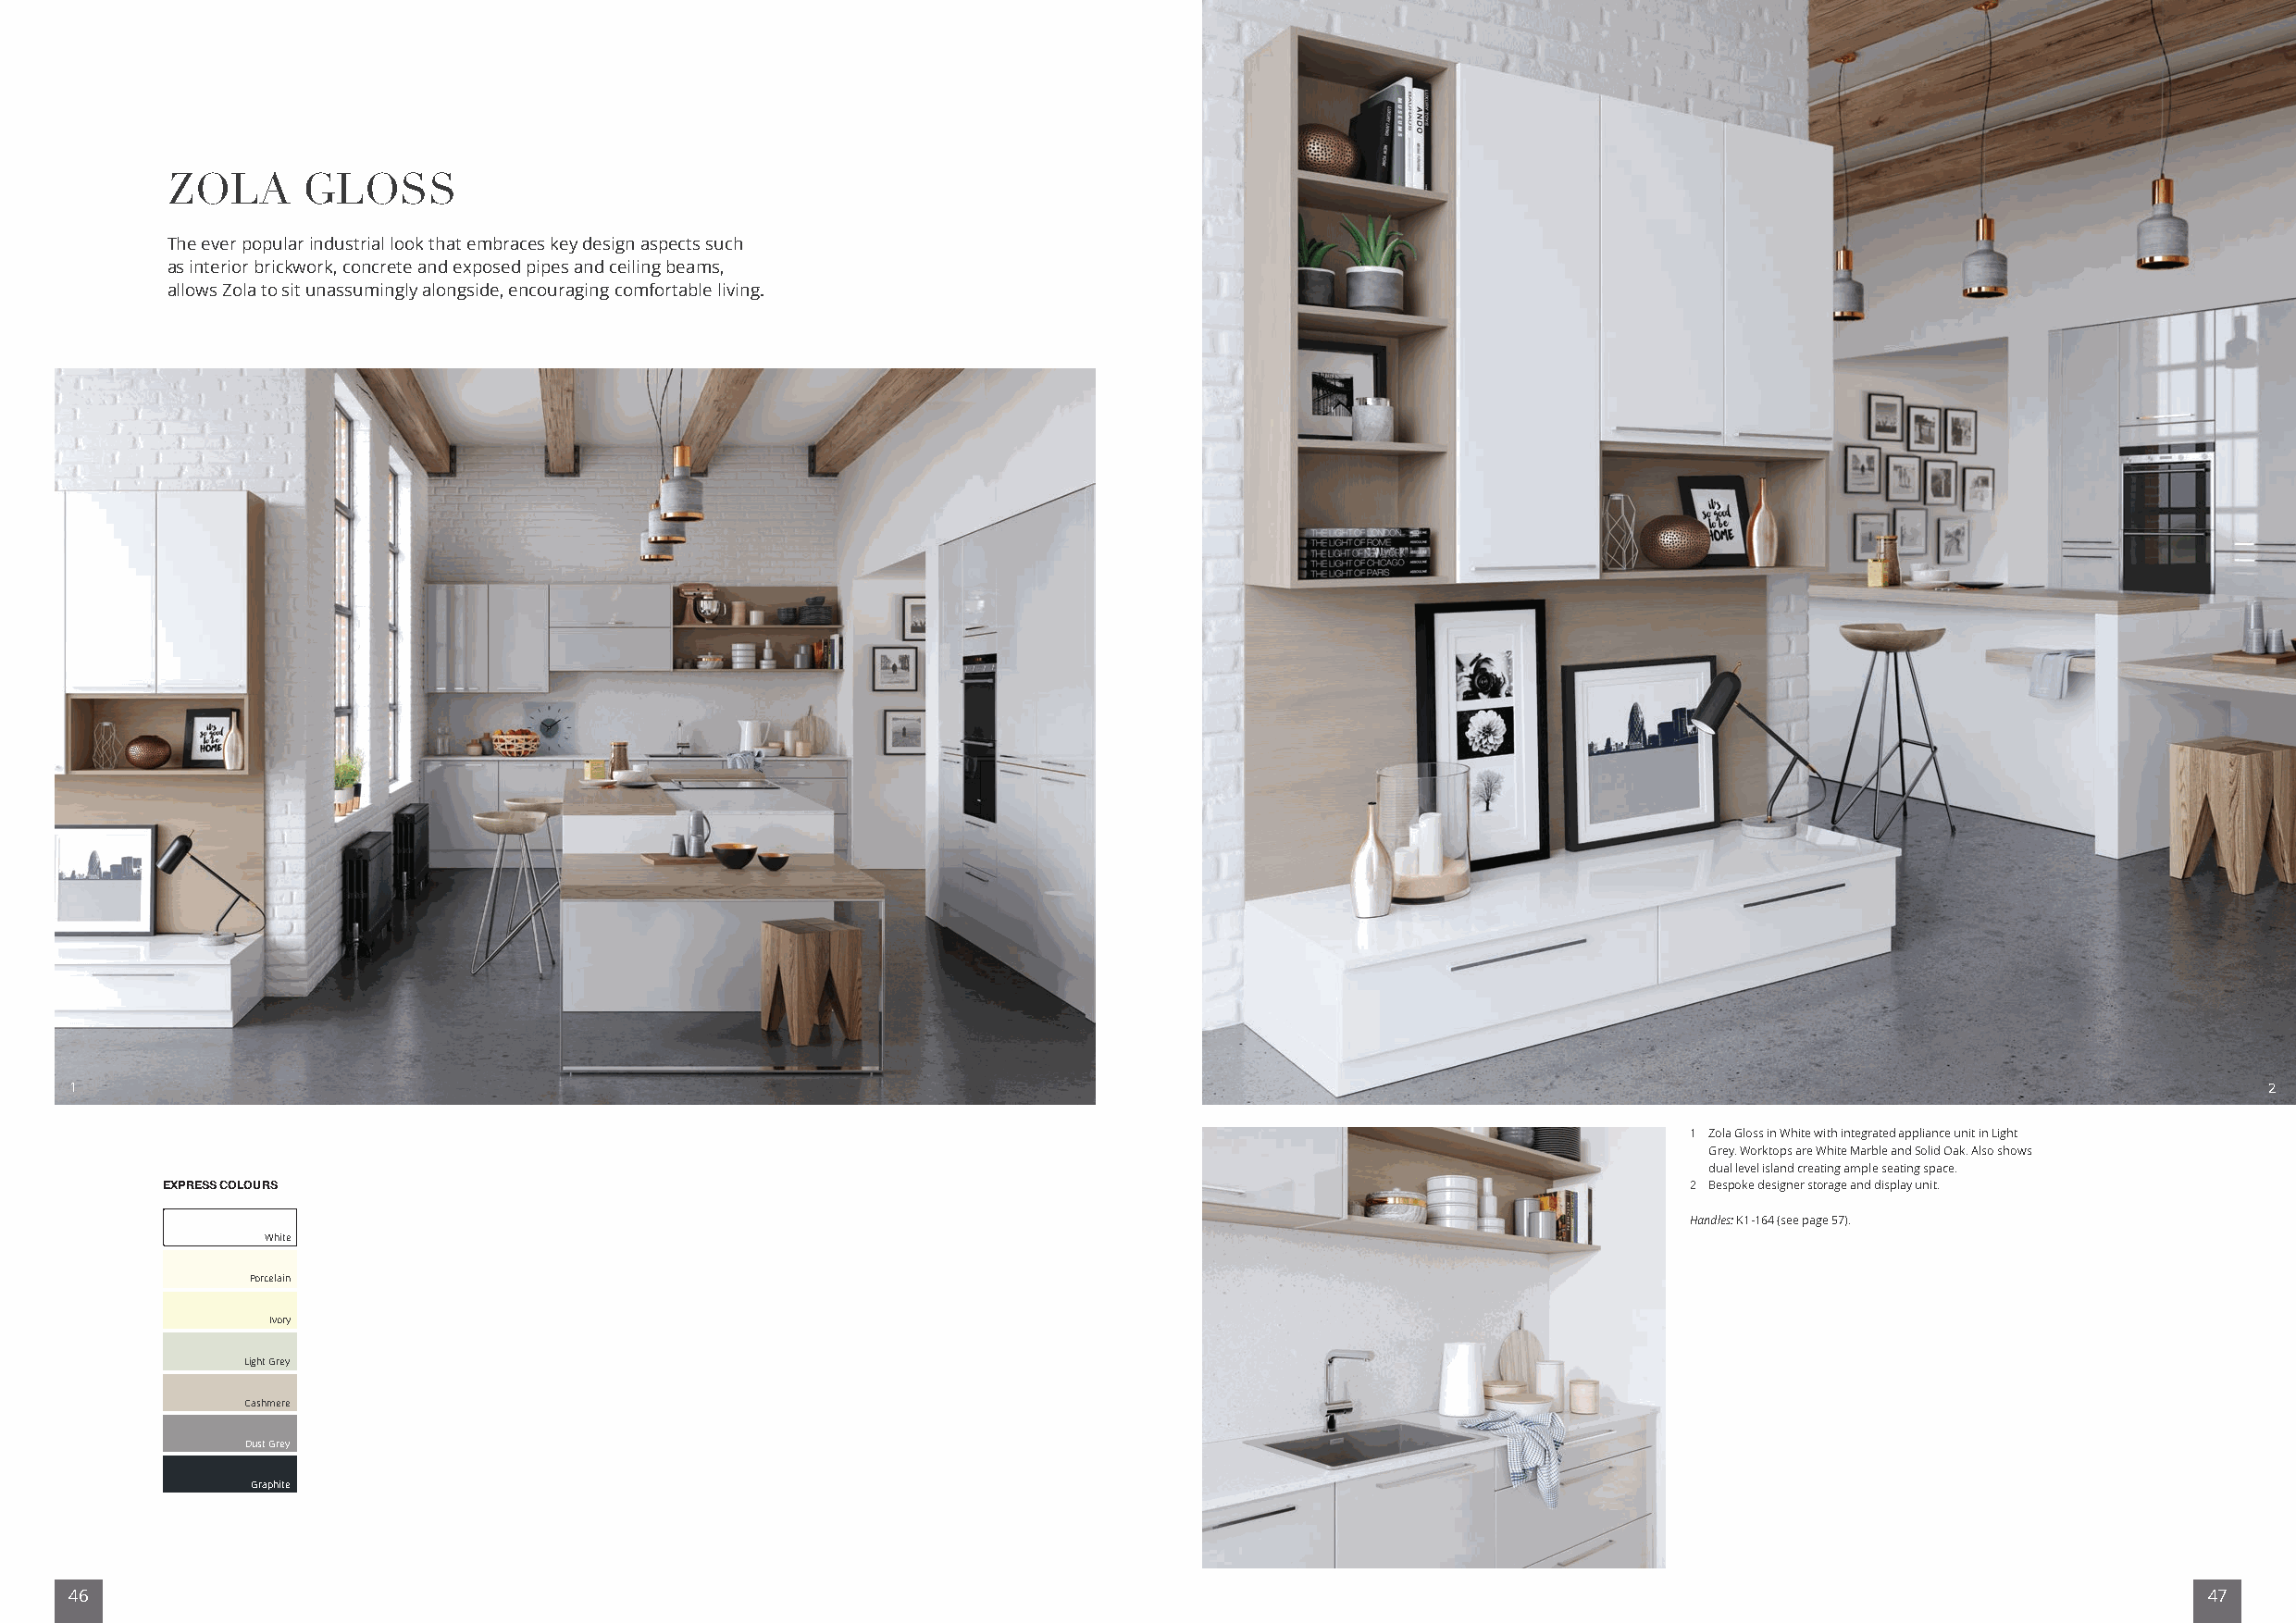
ZOLA      GLOSS
 The ever popular industrial look that embraces key design aspects such
 as interior brickwork, concrete and exposed pipes and ceiling beams,
 allows Zola to sit unassumingly alongside, encouraging comfortable living.
 1                                                                                                                                                            2
 1 Zola Gloss in White with integrated appliance unit in Light
 Grey. Worktops are White Marble and Solid Oak. Also shows
 dual level island creating ample seating space.
 EXPRESS COLOURS                                                                                              2 Bespoke designer storage and display unit.
 Handles: K1-164 (see page 57).
 White
 Porcelain
 Ivory
 Light Grey
 Cashmere
 Dust Grey
 Graphite
 46                                                                                                                                                       47